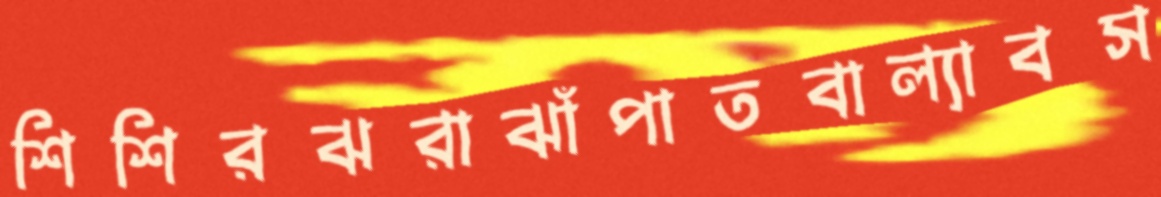
শিশিরঝরাঝাঁপাতবাল্যাবস